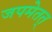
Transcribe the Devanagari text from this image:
जपमेतत्